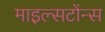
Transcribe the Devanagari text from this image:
माइल्सटोंन्स